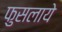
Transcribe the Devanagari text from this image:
फुसलाये